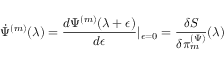
\dot { \Psi } ^ { ( m ) } ( \lambda ) = \frac { d \Psi ^ { ( m ) } ( \lambda + \epsilon ) } { d \epsilon } \vert _ { \epsilon = 0 } = \frac { \delta S } { \delta \pi _ { m } ^ { ( \Psi ) } } ( \lambda )